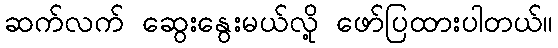
ဆက်လက် ဆွေးနွေးမယ်လို့ ဖော်ပြထားပါတယ်။